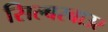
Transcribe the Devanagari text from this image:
सिल्बरबाउर